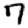
Digit: 7